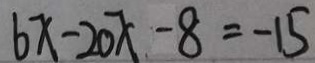
6 x - 2 0 x - 8 = - 1 5